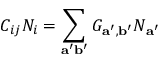
C _ { i j } N _ { i } = \sum _ { \mathbf { a ^ { \prime } b ^ { \prime } } } G _ { \mathbf { a ^ { \prime } } , \mathbf { b ^ { \prime } } } N _ { \mathbf { a ^ { \prime } } }